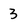
Character: 3